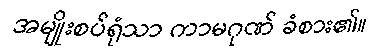
အမျိုးစပ်ရုံသာ ကာမဂုဏ် ခံစား၏။